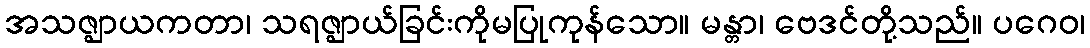
အသဇ္ဈာယကတာ၊ သရဇ္ဈာယ်ခြင်းကိုမပြုကုန်သော။ မန္တာ၊ ဗေဒင်တို့သည်။ ပဂေဝ၊